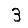
Digit: 3